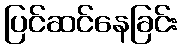
ပြင်ဆင်နေခြင်း